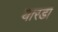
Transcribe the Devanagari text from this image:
यारडा